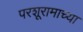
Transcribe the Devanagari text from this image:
परशूरामाच्या